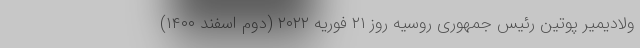
ولادیمیر پوتین رئیس جمهوری روسیه روز ۲۱ فوریه ۲۰۲۲ (دوم اسفند ۱۴۰۰)